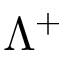
\Lambda ^ { + }